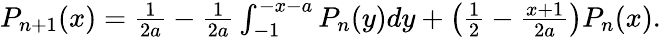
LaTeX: \begin{array}{r}{P_{n+1}(x)=\frac{1}{2a}-\frac{1}{2a}\int_{-1}^{-x-a}P_{n}(y)dy+\left(\frac{1}{2}-\frac{x+1}{2a}\right)P_{n}(x).}\end{array}